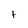
Character: t